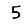
Digit: 5